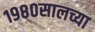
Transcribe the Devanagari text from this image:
१९८०सालच्या